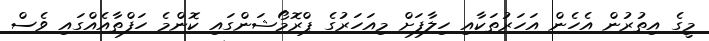
މީގެ އިތުރުން އެހެން އަހަރުތަކާއި ހިލާފަށް މިއަހަރުގެ ޕްރޮމޯޝަންގައި ކޮންމެ ހަފްތާއެއްގައި ވެސް